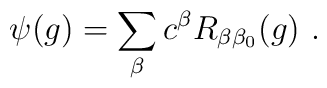
\psi (g) =\sum_{\beta} c^{\beta} R_{\beta \beta_{0}}(g)~.